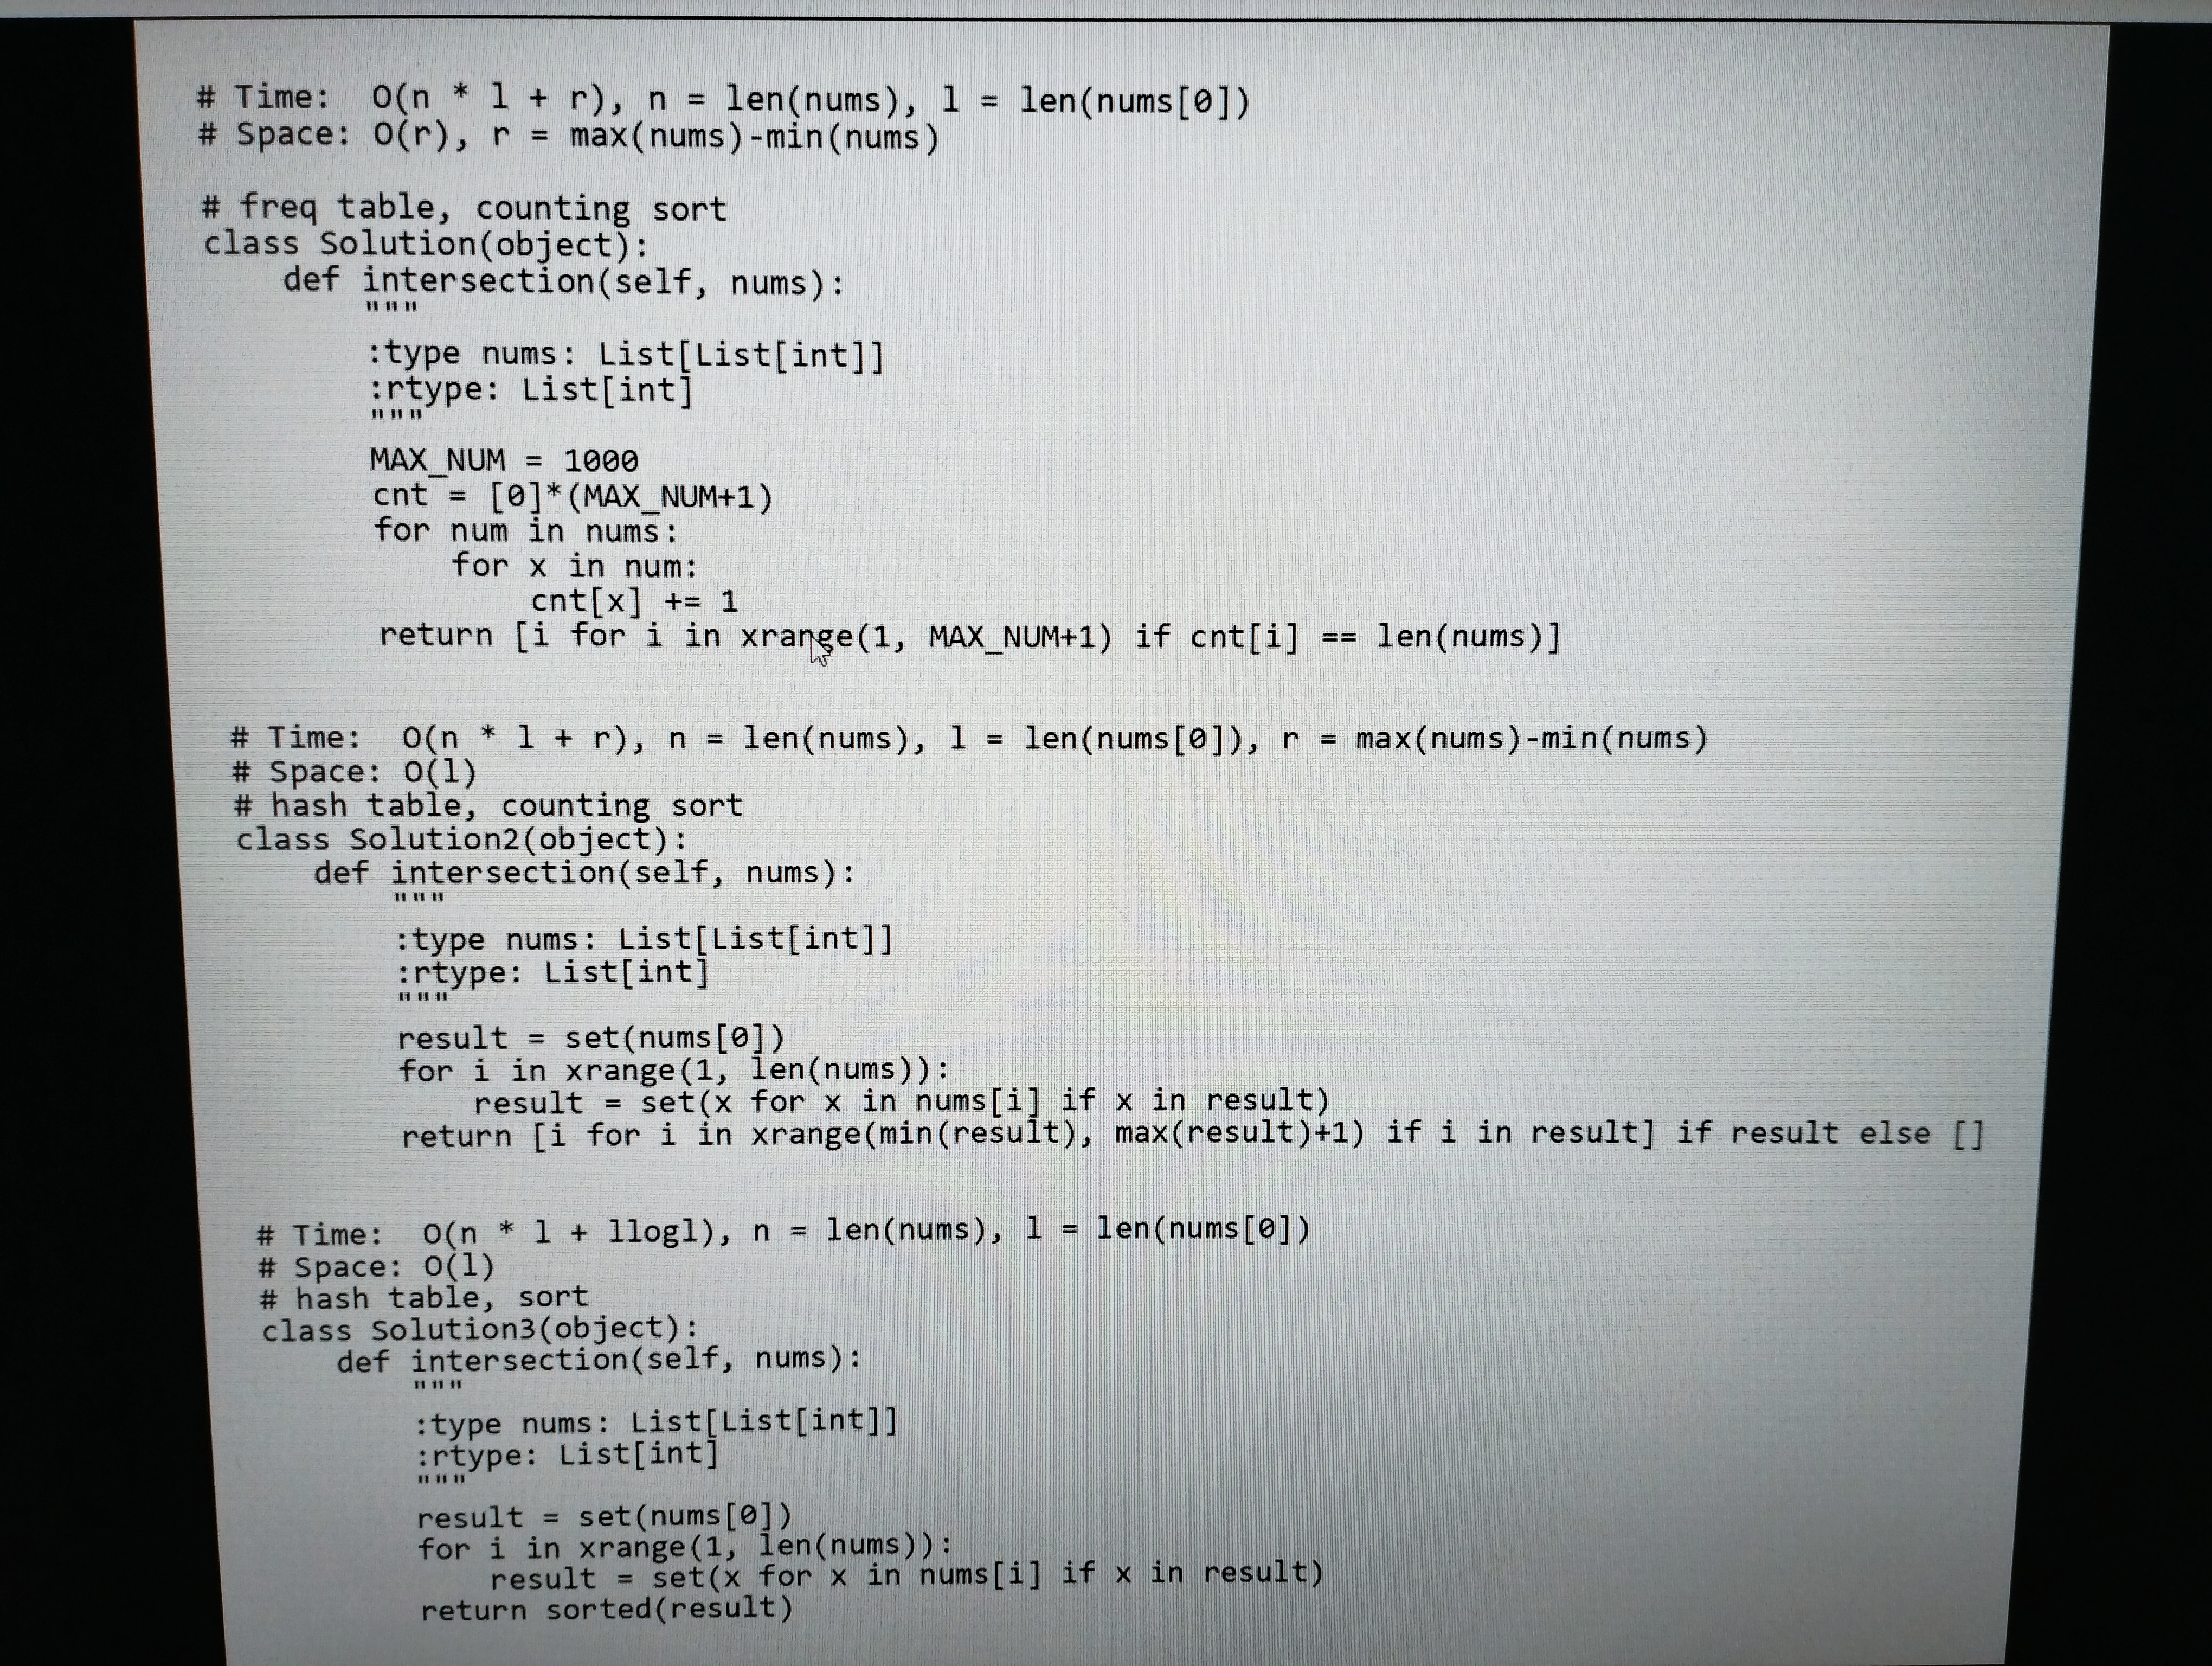
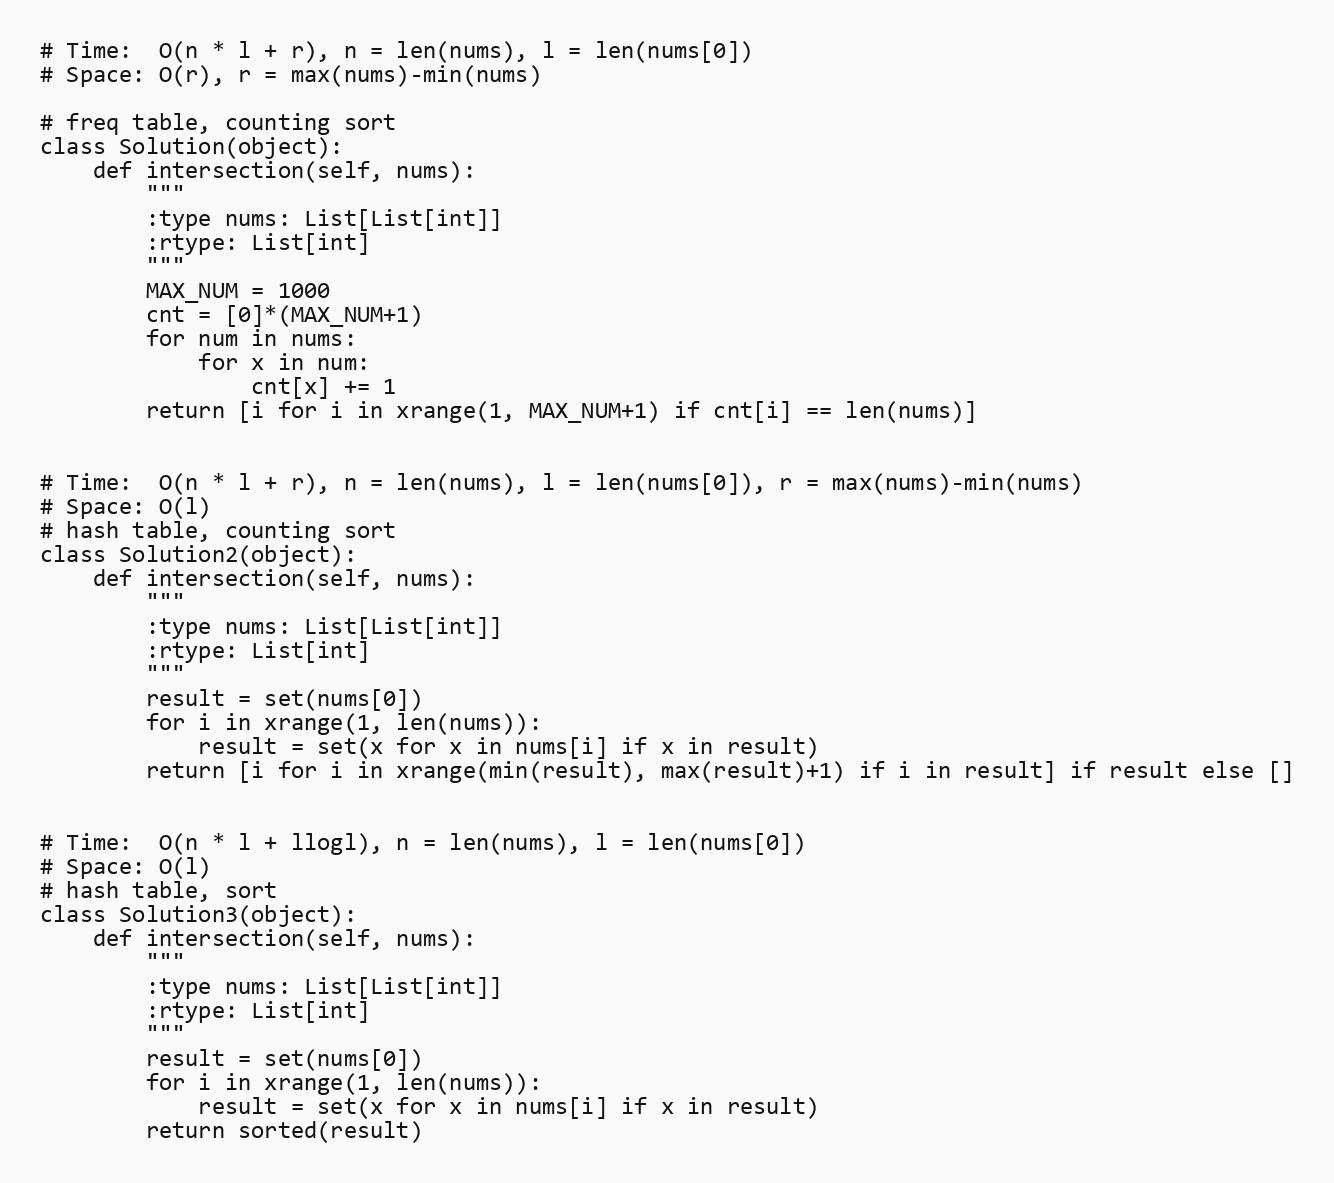
# Time:  O(n * l + r), n = len(nums), l = len(nums[0])
# Space: O(r), r = max(nums)-min(nums)

# freq table, counting sort
class Solution(object):
    def intersection(self, nums):
        """
        :type nums: List[List[int]]
        :rtype: List[int]
        """
        MAX_NUM = 1000
        cnt = [0]*(MAX_NUM+1)
        for num in nums:
            for x in num:
                cnt[x] += 1
        return [i for i in xrange(1, MAX_NUM+1) if cnt[i] == len(nums)]

# Time:  O(n * l + r), n = len(nums), l = len(nums[0]), r = max(nums)-min(nums)
# Space: O(l)
# hash table, counting sort
class Solution2(object):
    def intersection(self, nums):
        """
        :type nums: List[List[int]]
        :rtype: List[int]
        """
        result = set(nums[0])
        for i in xrange(1, len(nums)):
            result = set(x for x in nums[i] if x in result)
        return [i for i in xrange(min(result), max(result)+1) if i in result] if result else []

# Time:  O(n * l + llogl), n = len(nums), l = len(nums[0])
# Space: O(l)
# hash table, sort
class Solution3(object):
    def intersection(self, nums):
        """
        :type nums: List[List[int]]
        :rtype: List[int]
        """
        result = set(nums[0])
        for i in xrange(1, len(nums)):
            result = set(x for x in nums[i] if x in result)
        return sorted(result)